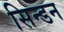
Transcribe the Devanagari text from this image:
सिन्डन